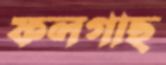
ফলগাছ